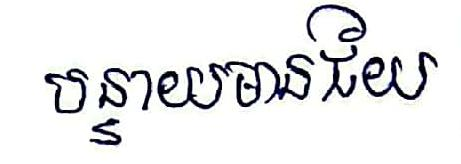
បន្ទាយមានជ័យ